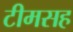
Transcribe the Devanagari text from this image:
टीमसह